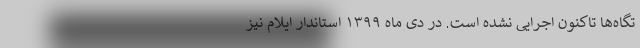
تگاه‌ها تاکنون اجرایی نشده است. در دی ماه ۱۳۹۹ استاندار ایلام نیز